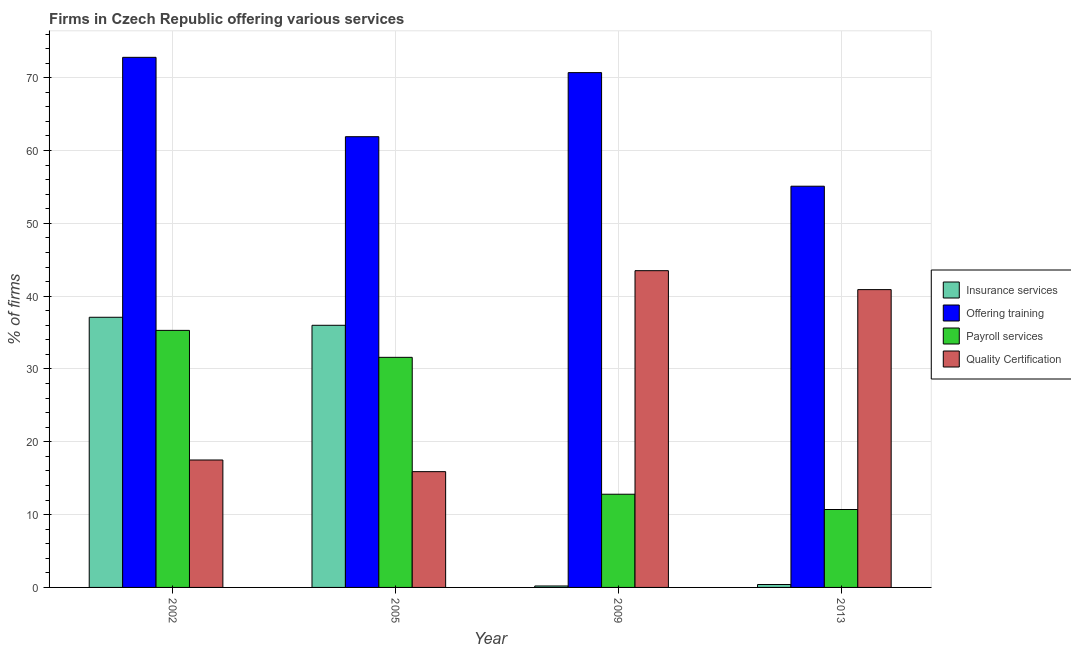
| Year | Insurance services | Offering training | Payroll services | Quality Certification |
 | --- | --- | --- | --- | --- |
 | 2002 | 37.1 | 72.8 | 35.3 | 17.5 |
 | 2005 | 36 | 61.9 | 31.6 | 15.9 |
 | 2009 | 0.2 | 70.7 | 12.8 | 43.5 |
 | 2013 | 0.4 | 55.1 | 10.7 | 40.9 |